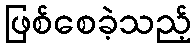
ဖြစ်စေခဲ့သည့်